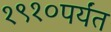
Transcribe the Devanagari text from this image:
१९१०पर्यंत